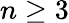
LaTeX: n\geq 3